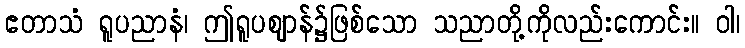
ဧတာသံ ရူပညာနံ၊ ဤရူပဈာန်၌ဖြစ်သော သညာတို့ကိုလည်းကောင်း။ ဝါ၊